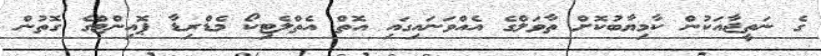
ގެ ނަތީޖާއަކުން ކާމިޔާބުކޮށް ތާވަލްގެ އެއްވަނައިގައި އޮތް އެތްލެޓިކޯ މެޑްރިޑާ ޕޮއިންޓްގެ ގޮތުން